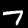
Label: 7